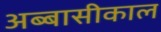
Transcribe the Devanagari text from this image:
अब्बासीकाल